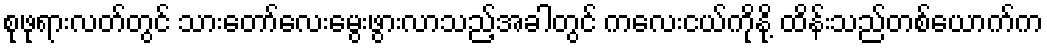
စုဖုရားလတ်တွင် သားတော်လေးမွေးဖွားလာသည့်အခါတွင် ကလေးငယ်ကိုနို့ ထိန်းသည်တစ်ယောက်က